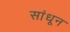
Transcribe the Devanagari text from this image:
सांधून